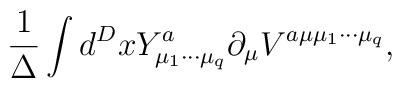
\frac{1}{\Delta}\int d^{D}x Y^{a}_{{\mu}_{1}{\cdots}{\mu}_{q}}{\partial}_{\mu}V^{a{\mu}{\mu}_{1}{\cdots}{\mu}_{q}},